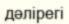
дәлірегі